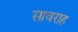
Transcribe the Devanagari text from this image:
सावराह